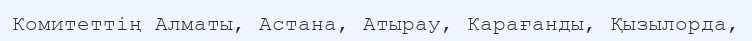
Комитеттің Алматы, Астана, Атырау, Карағанды, Қызылорда,